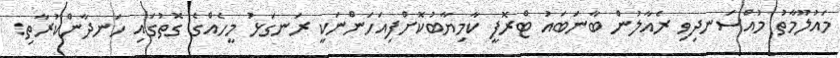
މައުލޫމާތު މުއްސަނދިވި ރެއާލުން ބާނަބައު ޓްރޮފީ ކާމިޔާބުކޮށްފިއަހަންނަކީ ރަނގަޅު މީހެއްގެ ގޮތުގައި ހަނދާންކުރާތި: